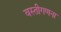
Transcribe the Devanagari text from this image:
वस्तीगणना